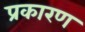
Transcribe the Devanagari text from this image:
प्रकारण